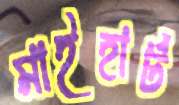
মাইহার্ট